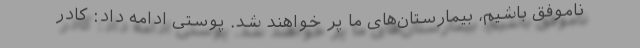
ناموفق باشیم، بیمارستان‌های ما پر خواهند شد. پوستی ادامه داد: کادر